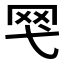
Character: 𱺴